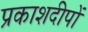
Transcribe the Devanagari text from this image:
प्रकाशदीपों